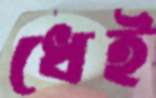
ধেই